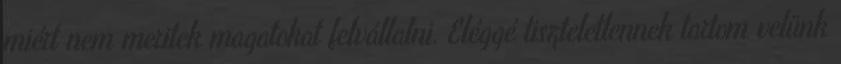
miért nem meritek magatokat felvállalni. Eléggé tiszteletlennek tartom velünk